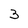
Character: 3